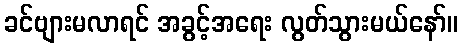
ခင်ဗျားမလာရင် အခွင့်အရေး လွတ်သွားမယ်နော်။